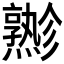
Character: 𱬪